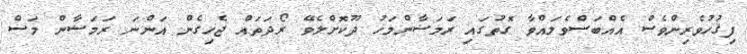
ފިޤުހުވެރިންވެސް އެއްބަސްވެލައްވާ ގޮތުގައި ރަމަޟާންމަހު ދޫކޮށްލެވޭ ރޯދަތައް ޖެހިގެން އަންނަ ރަމަޟާން މަސް